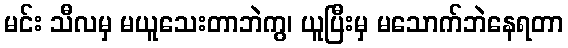
မင်း သီလမှ မယူသေးတာဘဲကွ၊ ယူပြီးမှ မသောက်ဘဲနေရတာ